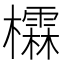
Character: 𪴖